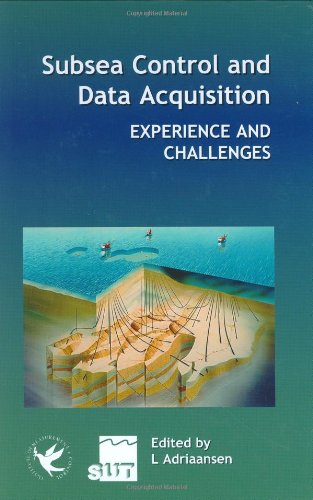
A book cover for Subsea Control and Data Acquisition: Experience and Challenges; Science & Math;